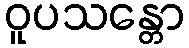
ဝူပသန္တော